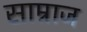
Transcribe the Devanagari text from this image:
साम्राज